Leaving Certificate, 1898
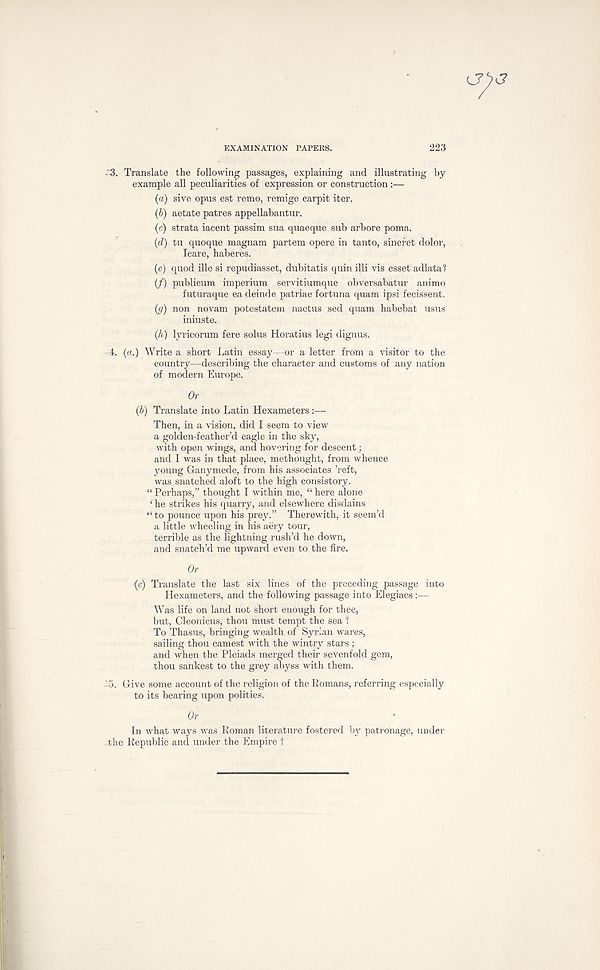
EXAMINATION
223
3. Translate the following passages, explaining and illustrating by
example all peculiarities of expression or construction:—
(a) sive opus est remo, remige carpit iter.
(b) aetate patres appellabantur.
(c) strata iacent passim sua quaeque sub arbore poma.
(d) tu quoque magnam partem opere in tanto, sinefet dolor,
Icare, haberes.
(e) quod ille si repudiasset, dubitatis quin illi vis esset adlatal
(/) publicum imperium servitiumque obversabatur animo
futuraque ea deinde patriae fortuna quam ipsi fecissent.
(g) non novam potestatem nactus sed quam habebat usus
iniuste.
(h) lyricorum fere solus Horatius legi dignus.
4. (a.) Write a short Latin essay—or a letter from a visitor to the
country—describing the character and customs of any nation
of modern Europe.
Or
(b) Translate into Latin Hexameters :—
Then, in a vision, did I seem to view
a golden-feather’d eagle in the sky,
with open wings, and hovering for descent;
and I was in that place, methought, from whence
young Ganymede, from his associates ’reft,
was snatched aloft to the high consistory.
“Perhaps,” thought I within me, “here alone
‘ he strikes his quarry, and elsewhere disdains
“to pounce upon his prey.” Therewith, it seem’d
a little wheeling in his aery tour,
terrible as the lightning rush’d he down,
and snatch’d me upward even to the fire.
Or
/(c) Translate the last six lines of the preceding passage into
Hexameters, and the following passage into Elegiacs :—
Was life on land not short enough for thee,
but, Cleonicus, thou must tempt the sea I
To Thasus, bringing wealth of Syrian wares,
sailing thou earnest with the wintry stars ;
and when the Pleiads merged their sevenfold gem,
thou sankest to the grey abyss with them.
'5. Give some account of the religion of the Romans, referring especially
to its bearing upon politics.
Or
In what ways was Roman literature fostered by patronage, under
. the Republic and under the Empire 1